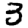
Digit: 3